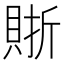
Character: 𧶇